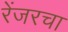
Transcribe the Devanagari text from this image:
रेंजरचा